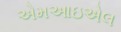
એમઆઇએલ